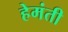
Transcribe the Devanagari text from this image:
हेमंती